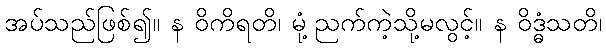
အပ်သည်ဖြစ်၍။ န ဝိကိရတိ၊ မုံ့ညက်ကဲ့သို့မလွင့်။ န ဝိဒ္ဓံသတိ၊